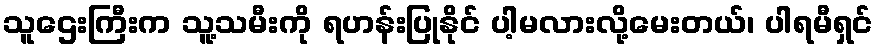
သူဌေးကြီးက သူ့သမီးကို ရဟန်းပြုနိုင် ပါ့မလားလို့မေးတယ်၊ ပါရမီရှင်